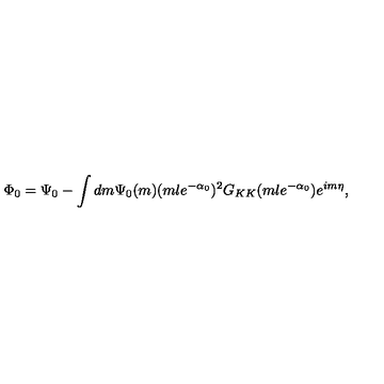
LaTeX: \Phi _ { 0 } = \Psi _ { 0 } - \int d m \Psi _ { 0 } ( m ) ( m l e ^ { - \alpha _ { 0 } } ) ^ { 2 } G _ { K K } ( m l e ^ { - \alpha _ { 0 } } ) e ^ { i m \eta } ,